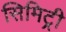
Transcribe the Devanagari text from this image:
सिमिट्री